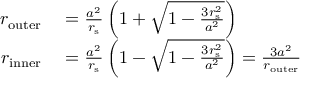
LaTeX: \begin{array} { r l } { r _ { \mathrm { o u t e r } } } & { { } = { \frac { a ^ { 2 } } { r _ { \mathrm { { s } } } } } \left( 1 + { \sqrt { 1 - { \frac { 3 r _ { \mathrm { { s } } } ^ { 2 } } { a ^ { 2 } } } } } \right) } \\ { r _ { \mathrm { i n n e r } } } & { { } = { \frac { a ^ { 2 } } { r _ { \mathrm { { s } } } } } \left( 1 - { \sqrt { 1 - { \frac { 3 r _ { \mathrm { { s } } } ^ { 2 } } { a ^ { 2 } } } } } \right) = { \frac { 3 a ^ { 2 } } { r _ { \mathrm { o u t e r } } } } } \end{array}